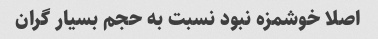
اصلا خوشمزه نبود نسبت به حجم بسیار گران